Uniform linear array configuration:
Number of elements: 16
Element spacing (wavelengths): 1
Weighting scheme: blackman
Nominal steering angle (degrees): -60
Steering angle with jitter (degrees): -60.636
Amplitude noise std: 0.05
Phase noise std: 0.05

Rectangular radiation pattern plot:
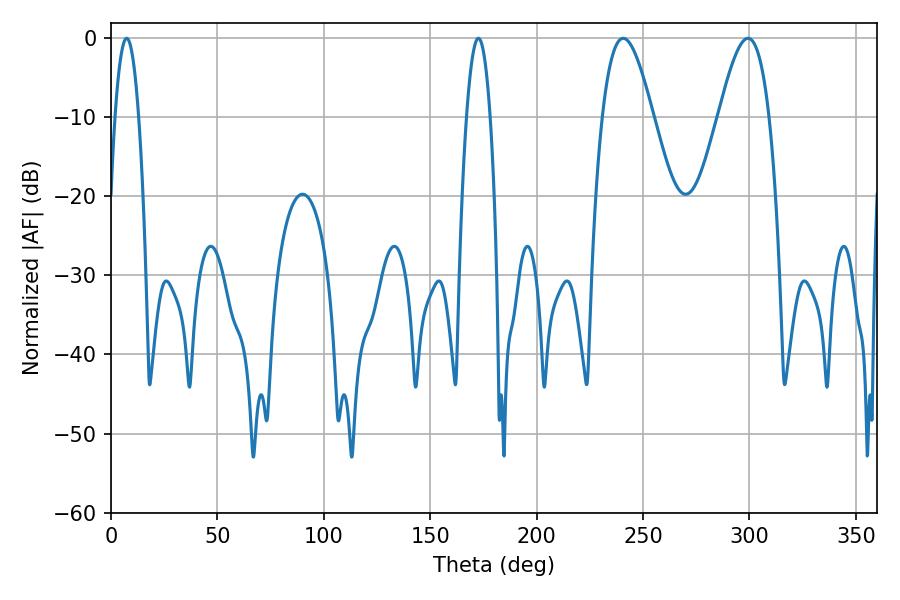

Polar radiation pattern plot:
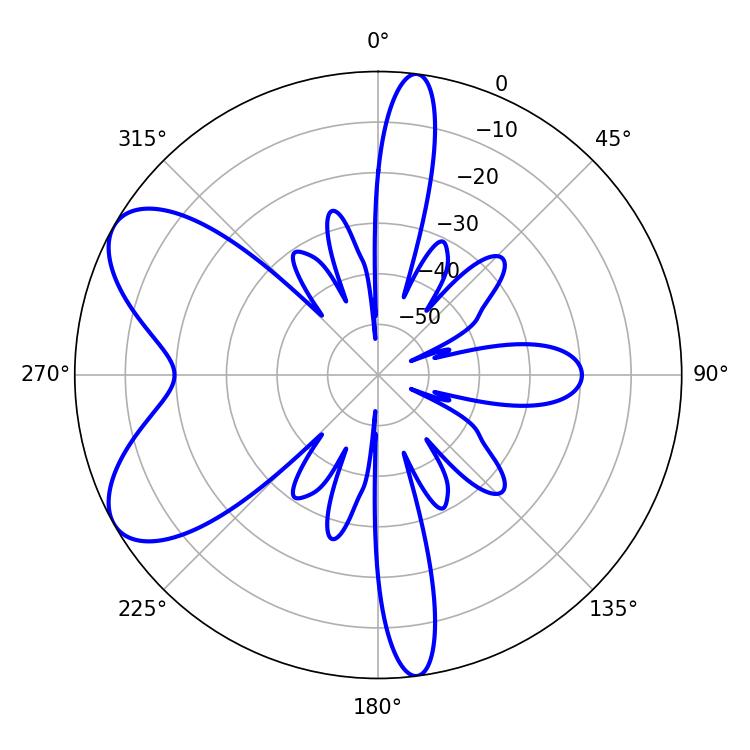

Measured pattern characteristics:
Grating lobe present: TRUE
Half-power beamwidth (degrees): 12.78
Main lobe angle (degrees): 240.66